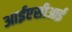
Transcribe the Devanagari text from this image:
आईएसीआई